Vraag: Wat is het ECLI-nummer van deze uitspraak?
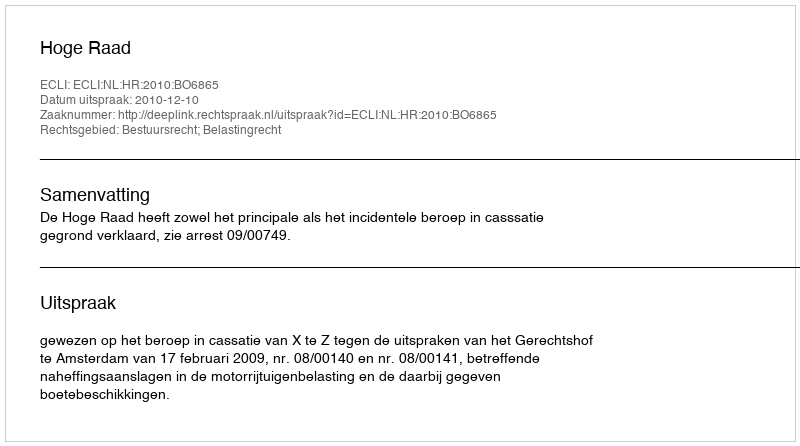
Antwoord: ECLI:NL:HR:2010:BO6865